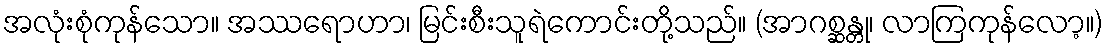
အလုံးစုံကုန်သော။ အဿရောဟာ၊ မြင်းစီးသူရဲကောင်းတို့သည်။ (အာဂစ္ဆန္တု၊ လာကြကုန်လော့။)